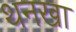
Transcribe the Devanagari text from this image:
थनखा